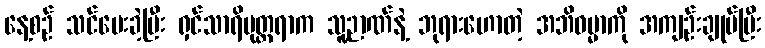
နေ့စဉ် သင်ပေးခဲ့ပြီး ရှင်သာရိပုတ္တရာက သူ့ဉာဏ်နဲ့ ဘုရားဟောတဲ့ အဘိဓမ္မာကို အကျဉ်းချုပ်ပြီး